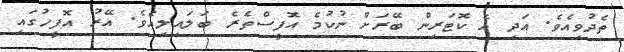
ތެދުވިއެވެ. އަދި އެ ކޮޓަރިން ބޭރަށް ނުކުމެ އޮފީސްތެރެ ބަލައިލިއެވެ. އޭރު އޮފީހުގައި